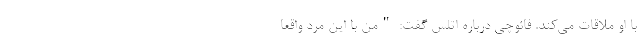
با او ملاقات می‌کند. فائوچی درباره اتلس گفت: "من با این مرد واقعاً